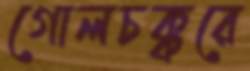
গোলচক্করে